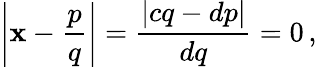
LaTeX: \left|\mathbf{x}-{\frac{{p}}{{q}}}\right|={\frac{{|cq-dp|}}{{dq}}}=0\, ,